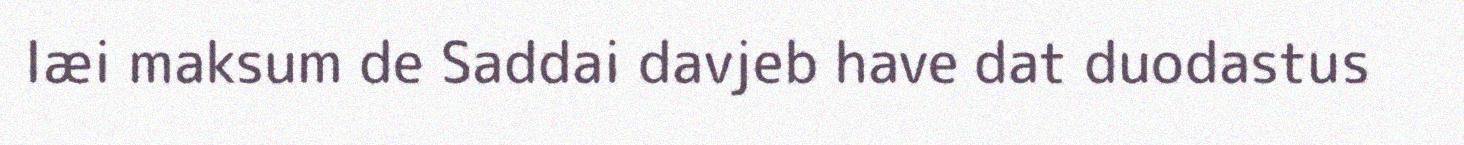
læi maksum de Saddai davjeb have dat duodastus